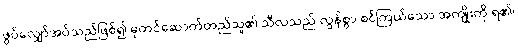
ဖွပ်လျှော်အပ်သည်ဖြစ်၍ ဓုတင်ဆောက်တည်သူ၏ သီလသည် လွန်စွာ စင်ကြယ်သော အကျိုးကို ရ၏၊